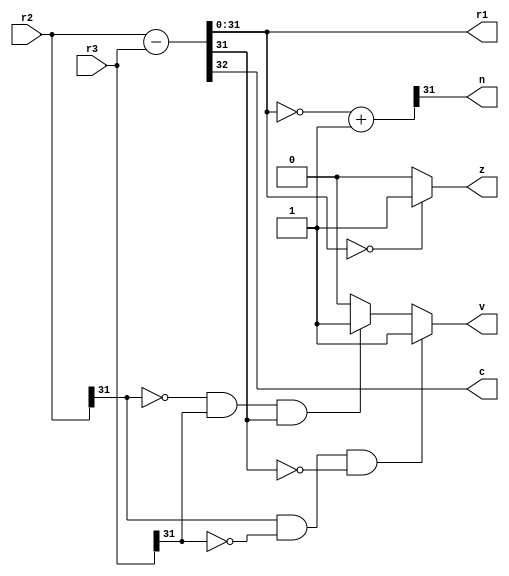
module subr1r2r3 (r2, r3, r1, n, z, c, v);
input [31:0] r2, r3;
output reg n, z, c, v;
output reg [31:0] r1;
wire [32:0] r0;
wire [31:0] r4;
assign r0 = r2 - r3;
assign r4 = ~(r0[31:0]) + 1'b1;
always @ *
begin
r1 = r0[31:0];
n = r4[31];
c = r0[32];

if ( r0[31:0] == 32'b0)
	z = 1'b1;
else
begin
	z = 1'b0;
end

if (r2[31] == 1 && r3[31] == 0 && r0[31] == 0)
	v = 1'b1;
else if (r2[31] == 0 && r3[31] == 1 && r0[31] == 1)
	v = 1'b1;
else
begin
	v = 1'b0;
end

end
endmodule